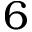
6